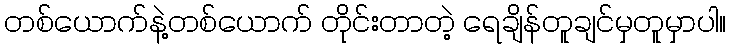
တစ်ယောက်နဲ့တစ်ယောက် တိုင်းတာတဲ့ ရေချိန်တူချင်မှတူမှာပါ။